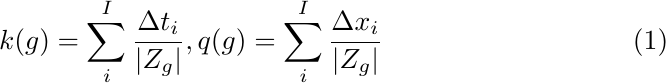
 \begin{flalign}
  k(g)=\sum_i^I\frac{\Delta t_i}{|Z_g|}, q(g)=\sum_i^I\frac{\Delta x_i}{|Z_g|}
\end{flalign}\\